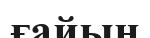
ғайын